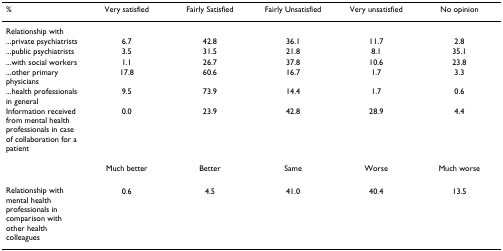
<table><thead><tr><td><b>%</b></td><td><b>Very satisfied</b></td><td><b>Fairly Satisfied</b></td><td><b>Fairly Unsatisfied</b></td><td><b>Very unsatisfied</b></td><td><b>No opinion</b></td></tr></thead><tbody><tr><td>Relationship with</td><td></td><td></td><td></td><td></td><td></td></tr><tr><td>...private psychiatrists</td><td>6.7</td><td>42.8</td><td>36.1</td><td>11.7</td><td>2.8</td></tr><tr><td>...public psychiatrists</td><td>3.5</td><td>31.5</td><td>21.8</td><td>8.1</td><td>35.1</td></tr><tr><td>...with social workers</td><td>1.1</td><td>26.7</td><td>37.8</td><td>10.6</td><td>23.8</td></tr><tr><td>...other primary physicians</td><td>17.8</td><td>60.6</td><td>16.7</td><td>1.7</td><td>3.3</td></tr><tr><td>...health professionals in general</td><td>9.5</td><td>73.9</td><td>14.4</td><td>1.7</td><td>0.6</td></tr><tr><td>Information received from mental health professionals in case of collaboration for a patient</td><td>0.0</td><td>23.9</td><td>42.8</td><td>28.9</td><td>4.4</td></tr><tr><td></td><td>Much better</td><td>Better</td><td>Same</td><td>Worse</td><td>Much worse</td></tr><tr><td>Relationship with mental health professionals in comparison with other health colleagues</td><td>0.6</td><td>4.5</td><td>41.0</td><td>40.4</td><td>13.5</td></tr></tbody></table>